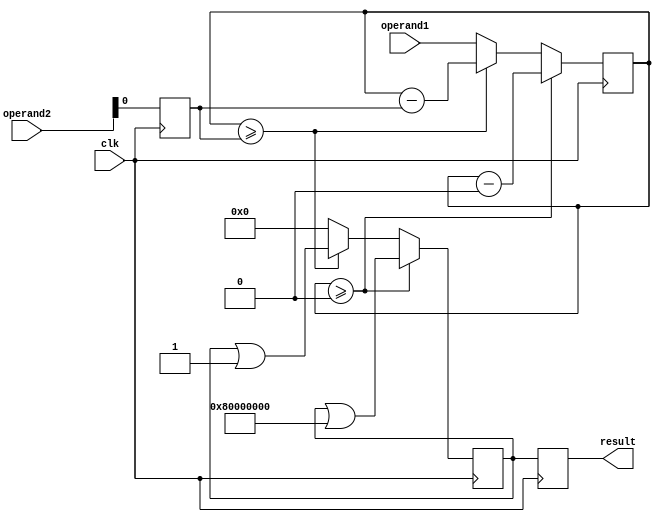
module Fractional_Divider (
    input clk,
    input [31:0] operand1,
    input [31:0] operand2,
    output reg [31:0] result
);

reg [31:0] numerator;
reg [31:0] denominator;
reg [31:0] quotient;
reg [31:0] remainder;
reg [31:0] iteration;
reg [31:0] shift_amount;

always @(posedge clk) begin
    numerator <= operand1;
    denominator <= operand2;
    shift_amount <= 0;
    quotient <= 0;
    remainder <= 0;
    
    for(iteration = 0; iteration < 32; iteration = iteration + 1) begin
        multiplier = denominator << iteration;
        if(numerator >= multiplier) begin
            quotient <= quotient | (1 << iteration);
            numerator <= numerator - multiplier;
        end
    end
    
    result <= quotient;
end

endmodule